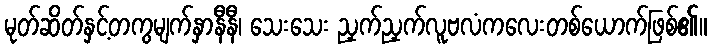
မုတ်ဆိတ်နှင့်တကွမျက်နှာနီနီ၊ သေးသေး ညှက်ညှက်လူဗလံကလေးတစ်ယောက်ဖြစ်၏။